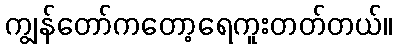
ကျွန်တော်ကတော့ရေကူးတတ်တယ်။